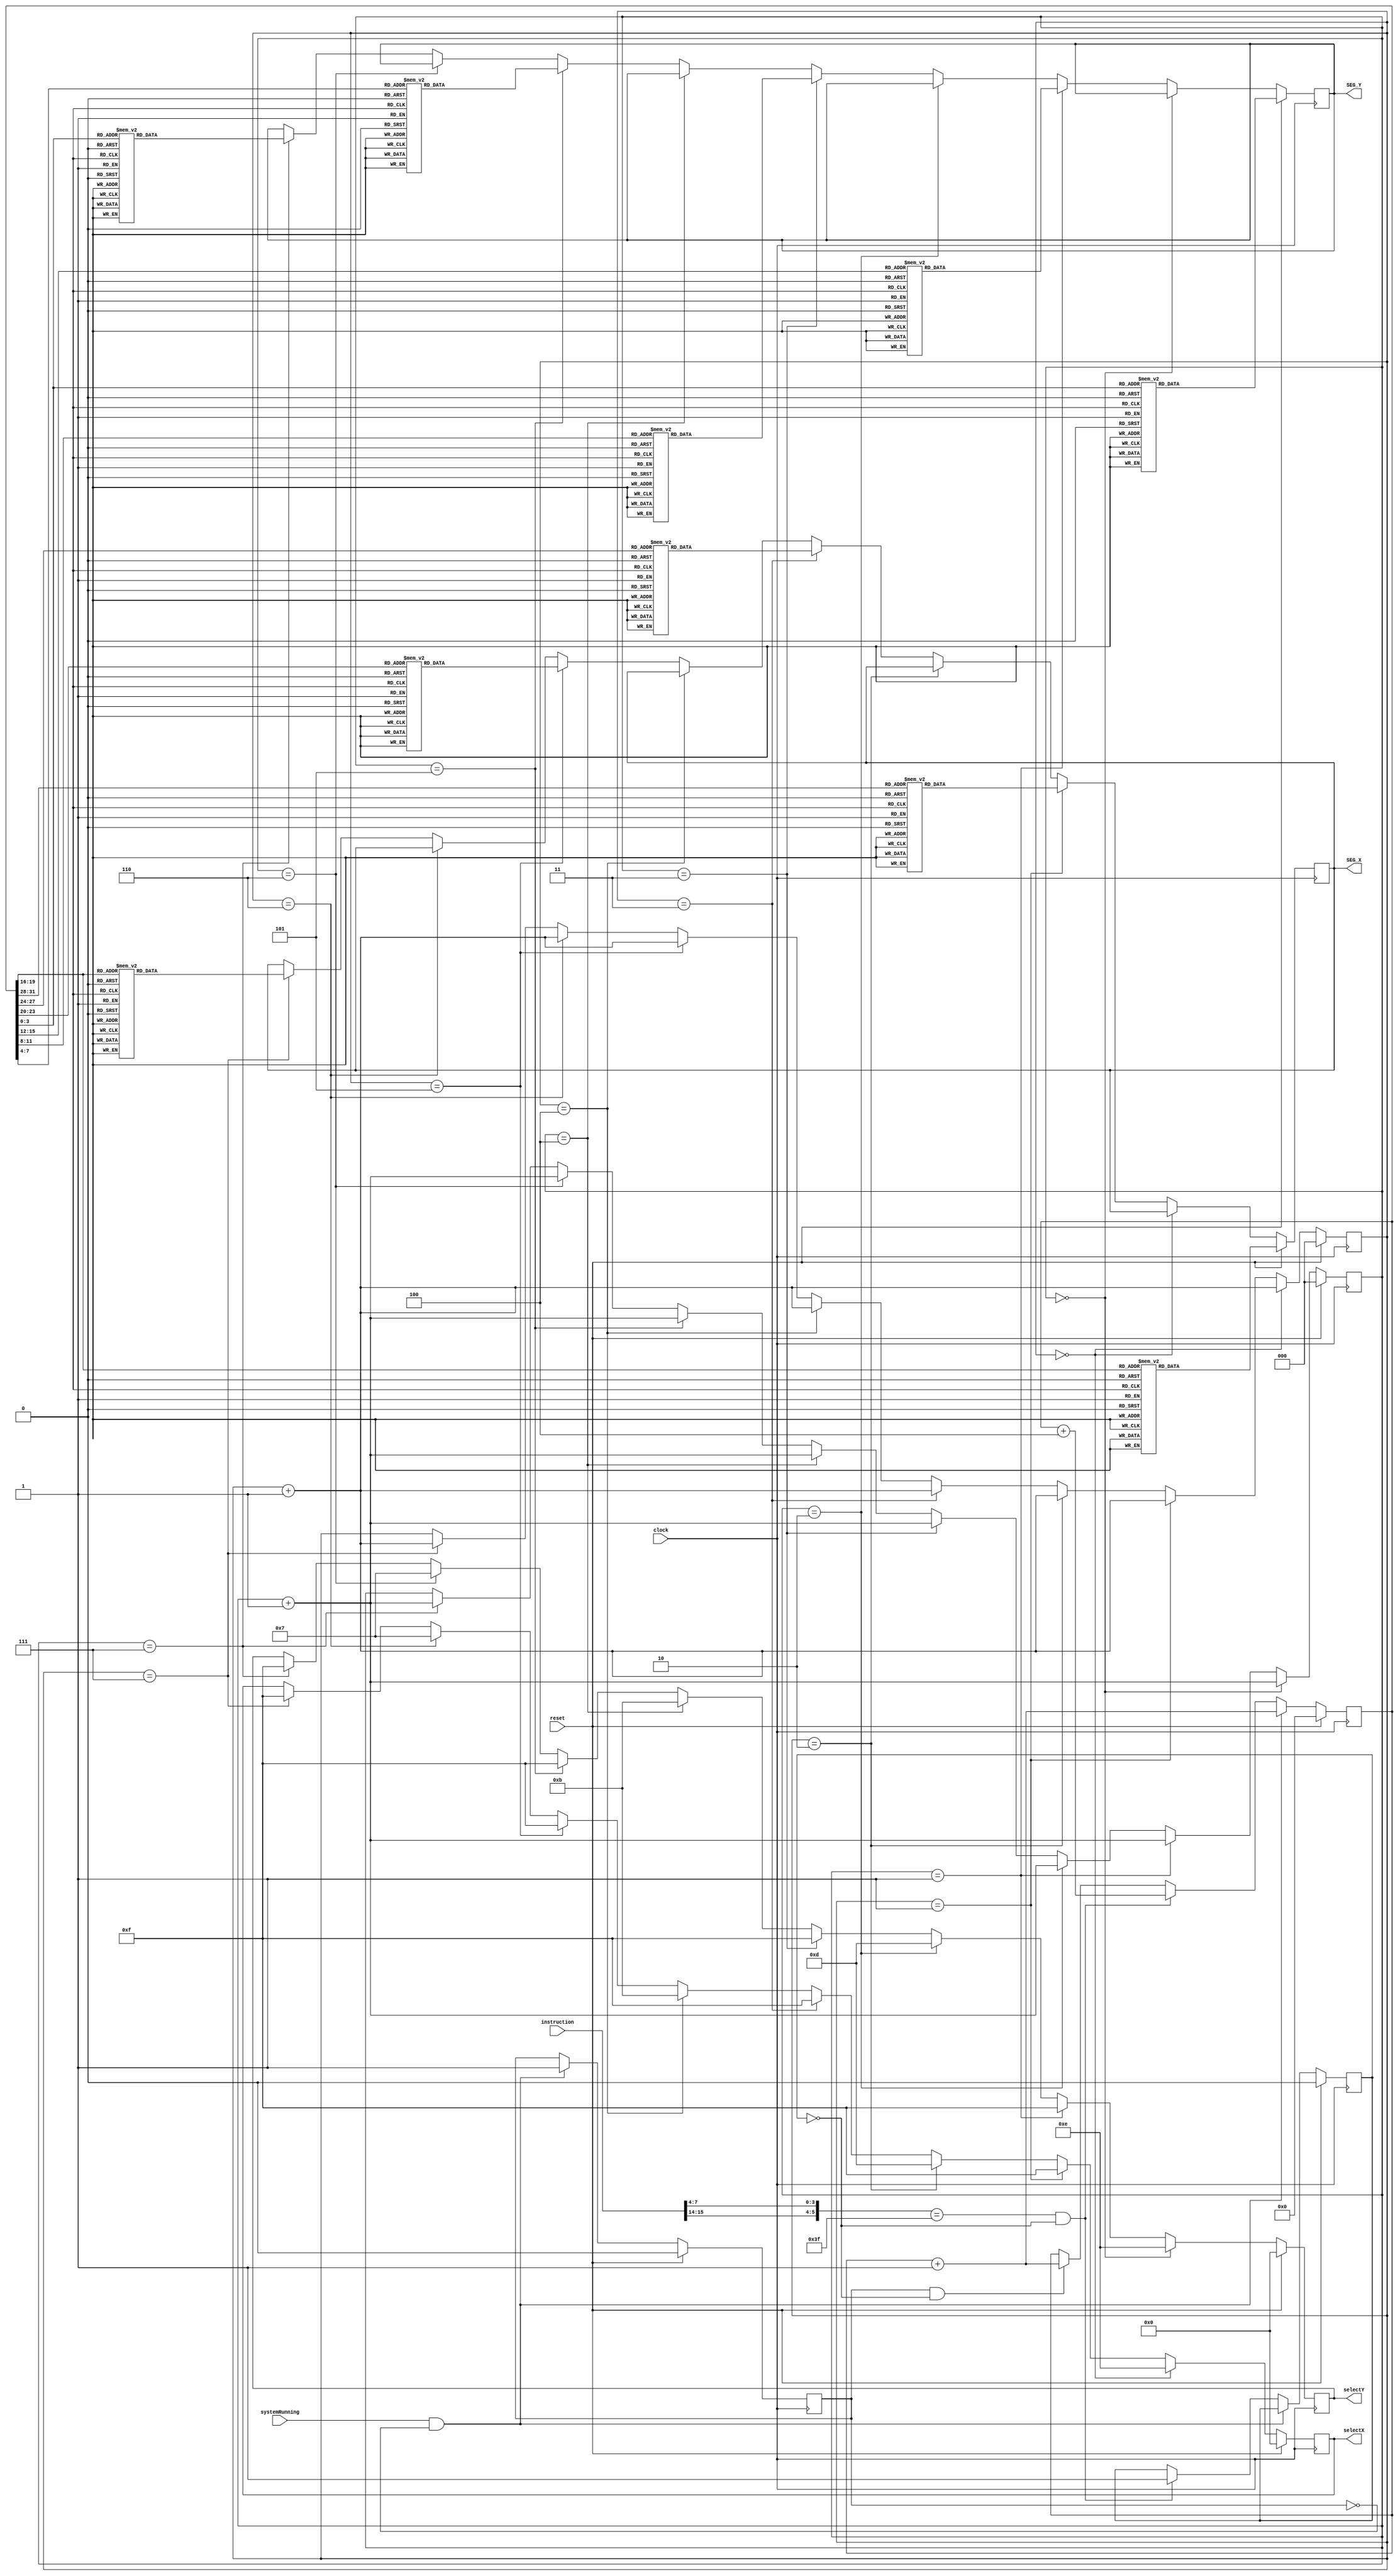
module clockCounter(
    input [15:0] instruction,
    input systemRunning,clock,reset,
    output reg [7:0] SEG_X,SEG_Y,
    output reg [3:0] selectX,selectY);


    reg [31:0] counter;
    reg start;
    reg stop;
    reg [2:0] pattern1,pattern2;

    always @(posedge clock) begin
        if(reset) begin
            counter <= 0;
            start <= 1'b0;
            stop <= 1'b0;
        end else begin
           if(systemRunning==1'b1&~start) begin
               start <= 1'b1;
               counter <= counter + 1;
           end else if(({instruction[15:14],instruction[7:4]}==6'b11_1111)&~stop) begin
               stop <= 1'b1;
               counter <= counter + 4;
           end else if(start&~stop) begin
               counter <= counter + 1;
           end
        end

        if (reset) begin
		    selectX <= 4'b0000;
		    pattern1 <= 3'b000;
		    SEG_X <= outFunc(counter[19:16]);
        end else if( pattern1 == 3'b000) begin
            selectX <= 4'b1110;
		    pattern1 <= pattern1 + 1;
        end else if( pattern1 == 3'b001) begin
            selectX <= 4'b1111;
	    	SEG_X <= outFunc(counter[31:28]);
		    pattern1 <= pattern1 + 1;
        end else if( pattern1 == 3'b010) begin
            selectX <= 4'b1101;
		    pattern1 <= pattern1 + 1;
	    end else if( pattern1 == 3'b011) begin
            selectX <= 4'b1111;
		    SEG_X <= outFunc(counter[27:24]);
		    pattern1 <= pattern1 + 1;
	    end else if( pattern1 == 3'b100) begin
            selectX <= 4'b1011;
		    pattern1 <= pattern1 + 1;
	    end else if( pattern1 == 3'b101) begin
            selectX <= 4'b1111;
		    SEG_X <= outFunc(counter[23:20]);
		    pattern1 <= pattern1 + 1;
	    end else if( pattern1 == 3'b110) begin
            selectX <= 4'b0111;
		    pattern1 <= pattern1 + 1;
	    end else if( pattern1 == 3'b111) begin
            selectX <= 4'b1111;
		    SEG_X <= outFunc(counter[19:16]);
		    pattern1 <= pattern1 + 1;
        end

        if (reset) begin
		    selectY <= 4'b0000;
		    pattern2 <= 3'b000;
		    SEG_Y <= outFunc(counter[3:0]);
        end else if( pattern2 == 3'b000) begin
            selectY <= 4'b1110;
		    pattern2 <= pattern2 + 1;
        end else if( pattern2 == 3'b001) begin
            selectY <= 4'b1111;
	    	SEG_Y <= outFunc(counter[15:12]);
		    pattern2 <= pattern2 + 1;
        end else if( pattern2 == 3'b010) begin
            selectY <= 4'b1101;
		    pattern2 <= pattern2 + 1;
	    end else if( pattern2 == 3'b011) begin
            selectY <= 4'b1111;
		    SEG_Y <= outFunc(counter[11:8]);
		    pattern2 <= pattern2 + 1;
	    end else if( pattern2 == 3'b100) begin
            selectY <= 4'b1011;
		    pattern2 <= pattern2 + 1;
	    end else if( pattern2 == 3'b101) begin
            selectY <= 4'b1111;
		    SEG_Y <= outFunc(counter[7:4]);
		    pattern2 <= pattern2 + 1;
	    end else if( pattern2 == 3'b110) begin
            selectY <= 4'b0111;
		    pattern2 <= pattern2 + 1;
	    end else if( pattern2 == 3'b111) begin
            selectY <= 4'b1111;
		    SEG_Y <= outFunc(counter[3:0]);
		    pattern2 <= pattern2 + 1;
        end

    end

    function [7:0] outFunc;
	input [3:0] a;
		begin
			case (a)
			4'b0000:outFunc = 8'b1111_1100;
			4'b0001:outFunc = 8'b0110_0000;
			4'b0010:outFunc = 8'b1101_1010;
			4'b0011:outFunc = 8'b1111_0010;
			4'b0100:outFunc = 8'b0110_0110;
			4'b0101:outFunc = 8'b1011_0110;
			4'b0110:outFunc = 8'b1011_1110;
			4'b0111:outFunc = 8'b1110_0000;
			4'b1000:outFunc = 8'b1111_1110;
			4'b1001:outFunc = 8'b1111_0110;
			4'b1010:outFunc = 8'b1110_1110;
			4'b1011:outFunc = 8'b0011_1110;
			4'b1100:outFunc = 8'b0001_1010;
			4'b1101:outFunc = 8'b0111_1010;
			4'b1110:outFunc = 8'b1001_1110;
			4'b1111:outFunc = 8'b1000_1110;
			default:outFunc = 8'b0000_0000;
			endcase
		end
	endfunction
endmodule